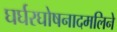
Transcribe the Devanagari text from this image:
घर्घरघोषनादमलिने